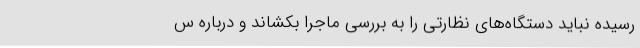
رسیده نباید دستگاه‌های نظارتی را به بررسی ماجرا بکشاند و درباره س